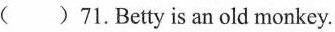
()71.Betty is an old monkey.